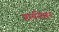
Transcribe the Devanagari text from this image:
प्रार्थनेवरून